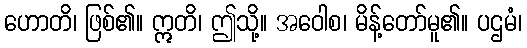
ဟောတိ၊ ဖြစ်၏။ ဣတိ၊ ဤသို့။ အဝေါစ၊ မိန့်တော်မူ၏။ ပဌမံ၊